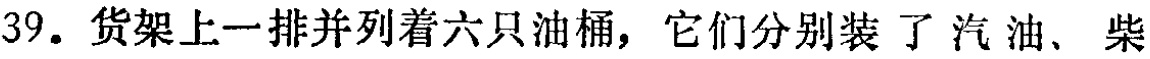
39. 货架上一排并列着六只油桶，它们分别装 了汽油、柴